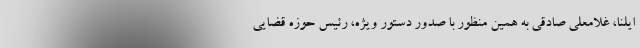
ایلنا، غلامعلی صادقی به همین منظور با صدور دستور ویژه، رئیس حوزه قضایی